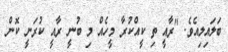
ބަލައިލިއެވެ. "ރާއީ ތި ކީއްކުރާ މީހެއް މި ބުނީ ރާއީ ކުރަނީ ކޮން